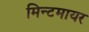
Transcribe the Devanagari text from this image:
मिन्टमायर